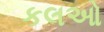
કલઓ